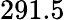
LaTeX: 291.5